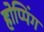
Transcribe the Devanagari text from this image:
होप्पिंग